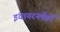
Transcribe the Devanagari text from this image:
इंवायरनमेंटों